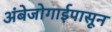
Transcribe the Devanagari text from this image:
अंबेजोगाईपासून